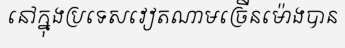
នៅក្នុងប្រទេសវៀតណាមច្រើនម៉ោងបាន